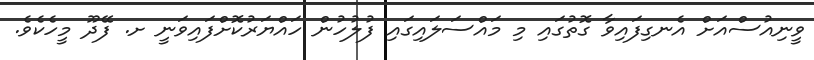
ވީނިއުސްއަށް އެނގިފައިވާ ގޮތުގައި މި މައްސަލައިގައި ފުލުހުން ހައްޔަރުކޮށްފައިވަނީ ށ. ފޭދޫ މީހެކެވެ.